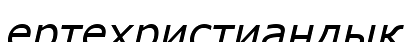
ертехристиандық